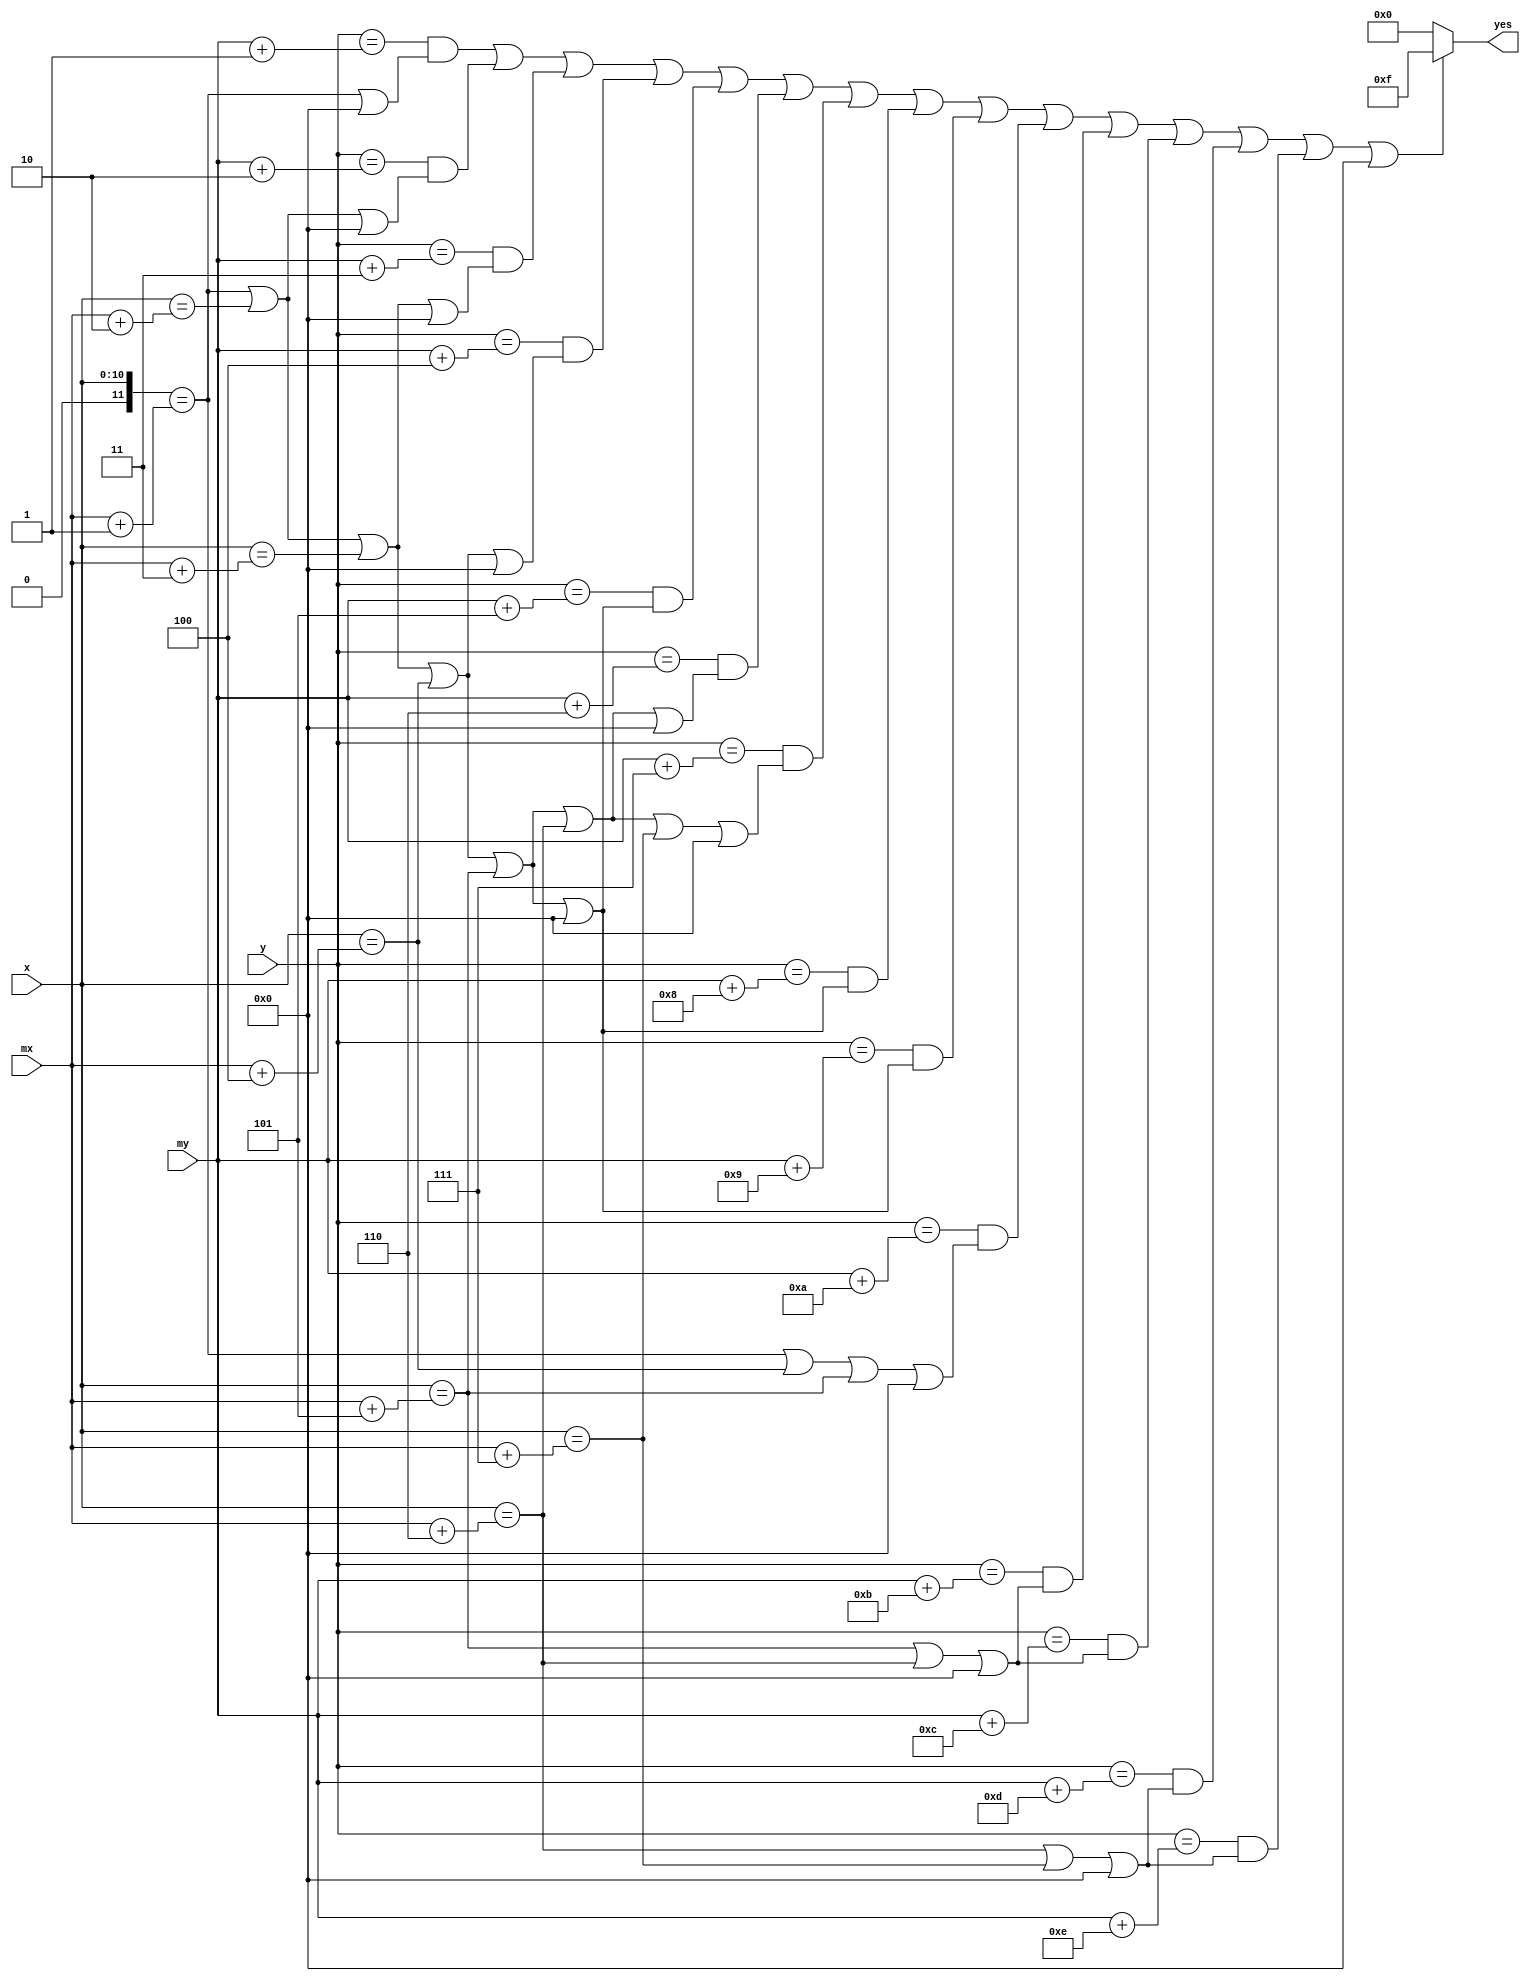
module region_mouse_white(input[10:0] x, input[10:0] y, input[10:0] mx, input[10:0] my, output[3:0] yes);
assign yes = (((y==(my+1))&&((x==(mx+1))||0))||((y==(my+2))&&((x==(mx+1))||(x==(mx+2))||0))||((y==(my+3))&&((x==(mx+1))||(x==(mx+2))||(x==(mx+3))||0))||((y==(my+4))&&((x==(mx+1))||(x==(mx+2))||(x==(mx+3))||(x==(mx+4))||0))||((y==(my+5))&&((x==(mx+1))||(x==(mx+2))||(x==(mx+3))||(x==(mx+4))||(x==(mx+5))||0))||((y==(my+6))&&((x==(mx+1))||(x==(mx+2))||(x==(mx+3))||(x==(mx+4))||(x==(mx+5))||(x==(mx+6))||0))||((y==(my+7))&&((x==(mx+1))||(x==(mx+2))||(x==(mx+3))||(x==(mx+4))||(x==(mx+5))||(x==(mx+6))||(x==(mx+7))||0))||((y==(my+8))&&((x==(mx+1))||(x==(mx+2))||(x==(mx+3))||(x==(mx+4))||(x==(mx+5))||0))||((y==(my+9))&&((x==(mx+1))||(x==(mx+2))||(x==(mx+3))||(x==(mx+4))||(x==(mx+5))||0))||((y==(my+10))&&((x==(mx+1))||(x==(mx+4))||(x==(mx+5))||0))||((y==(my+11))&&((x==(mx+5))||(x==(mx+6))||0))||((y==(my+12))&&((x==(mx+5))||(x==(mx+6))||0))||((y==(my+13))&&((x==(mx+6))||(x==(mx+7))||0))||((y==(my+14))&&((x==(mx+6))||(x==(mx+7))||0))||0) ? 4'b1111 : 4'b0;
endmodule